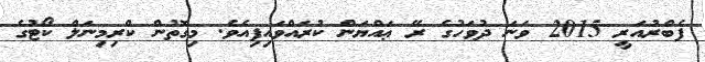
ފެބްރުއަރީ 2015 ވަނަ ދުވަހުގެ ރޭ ޢައްޔަން ކުރައްވައިފިއެވެ. މިގޮތުން ކްރިމިނަލް ކޯޓުގެ